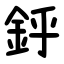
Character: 䤣